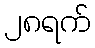
၂၈ရက်